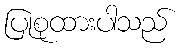
ပြုစုထားပါသည်